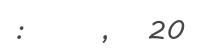
: